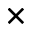
\times